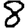
Digit: 8